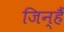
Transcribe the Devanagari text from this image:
जिन्हैं